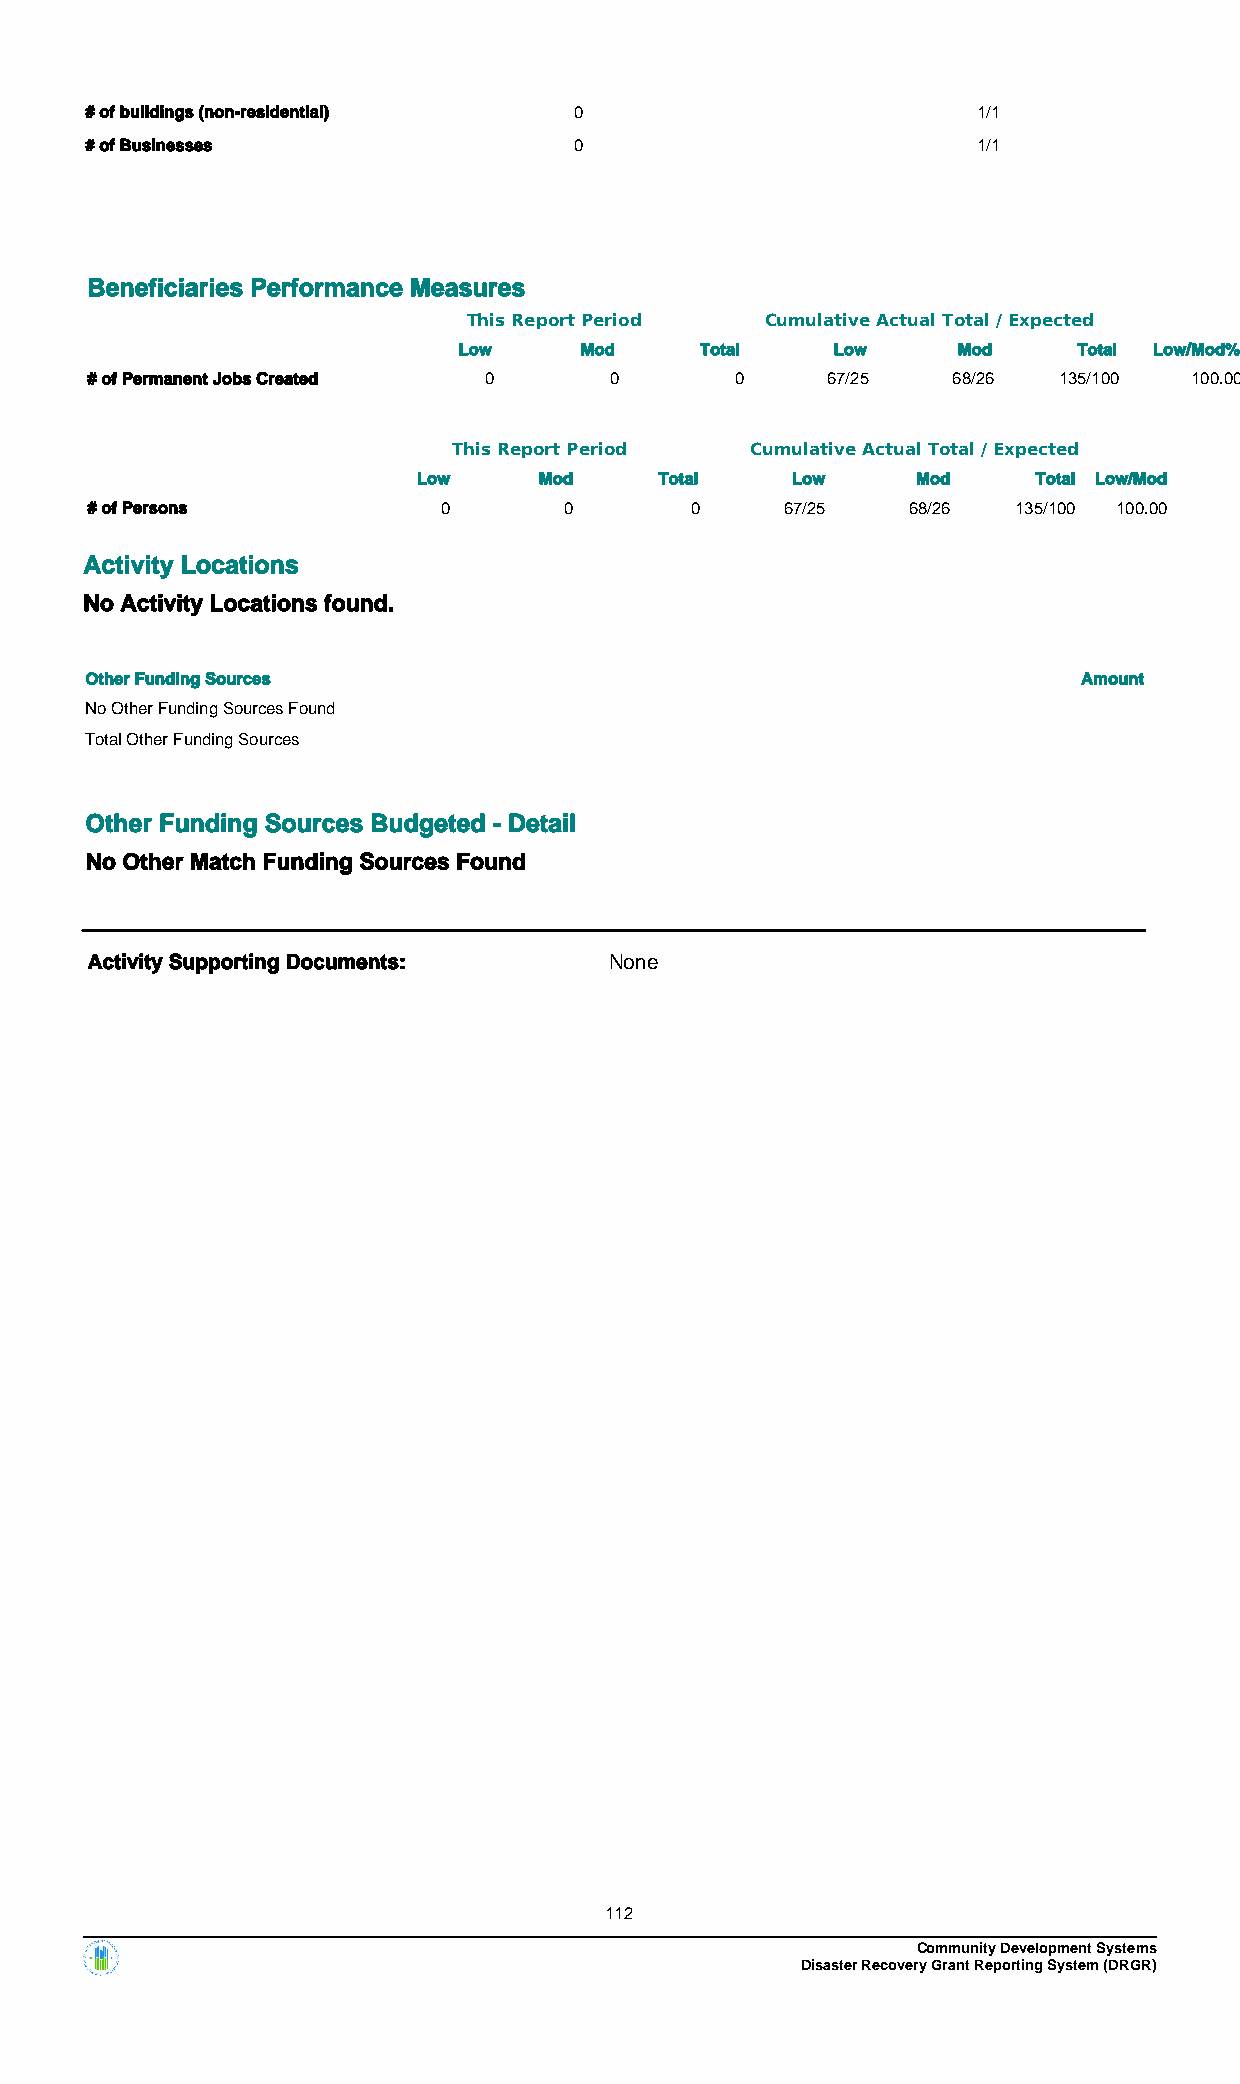
# of buildings (non-residential) 0                         1/1
 # of Businesses                 0                          1/1
 Beneficiaries Performance Measures
 This Report Period  Cumulative Actual Total / Expected
 Low     Mod     Total    Low     Mod     Total Low/Mod%
 # of Permanent Jobs Created 0     0        0     67/25   68/26  135/100  100.00
 This Report Period  Cumulative Actual Total / Expected
 Low     Mod     Total   Low      Mod     Total Low/Mod
 # of Persons           0       0        0     67/25   68/26  135/100 100.00
 Activity Locations
 No Activity Locations found.
 Other Funding Sources                                             Amount
 No Other Funding Sources Found
 Total Other Funding Sources
 Other Funding Sources Budgeted - Detail
 No Other Match Funding Sources Found
 Activity Supporting Documents:    None
 112
 Community Development Systems
 Disaster Recovery Grant Reporting System (DRGR)